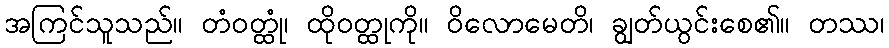
အကြင်သူသည်။ တံဝတ္ထုံ၊ ထိုဝတ္ထုကို။ ဝိလောမေတိ၊ ချွတ်ယွင်းစေ၏။ တဿ၊